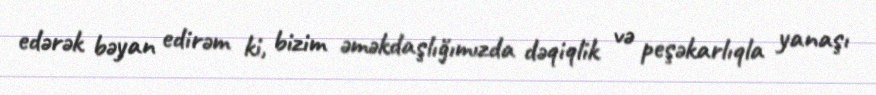
edərək bəyan edirəm ki, bizim əməkdaşlığımızda dəqiqlik və peşəkarlıqla yanaşı